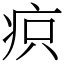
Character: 疻